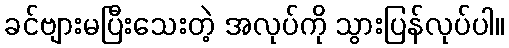
ခင်ဗျားမပြီးသေးတဲ့ အလုပ်ကို သွားပြန်လုပ်ပါ။